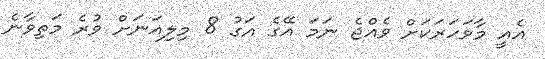
އެއީ މާވަހަރަކަށް ވެއްޖެ ނަމަ އޭގެ އަގު 8 މިލިއަނަށް ވުރެ މަތިވާނެ